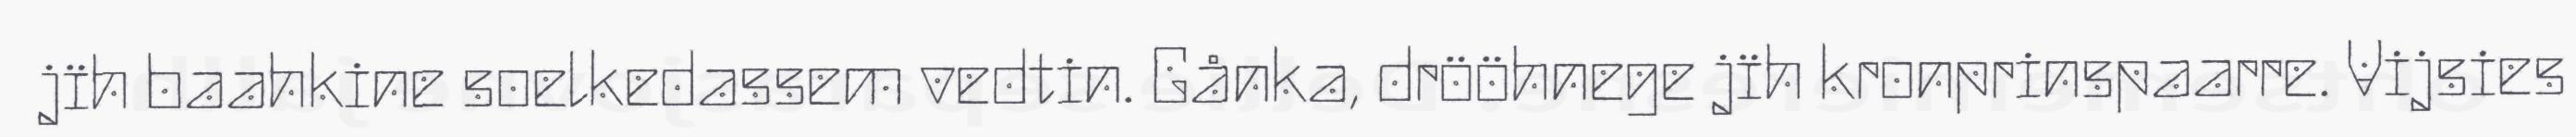
jïh baahkine soelkedassem vedtin. Gånka, drööhnege jïh kronprinspaarre. Vijsies